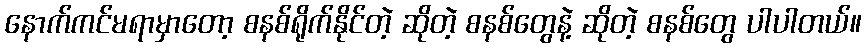
နောက်ကင်မရာမှာတော့ စနစ်ရိုက်နိုင်တဲ့ ဆိုတဲ့ စနစ်တွေနဲ့ ဆိုတဲ့ စနစ်တွေ ပါပါတယ်။